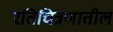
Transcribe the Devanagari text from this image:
रतिचित्रणातील